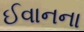
ઈવાનના